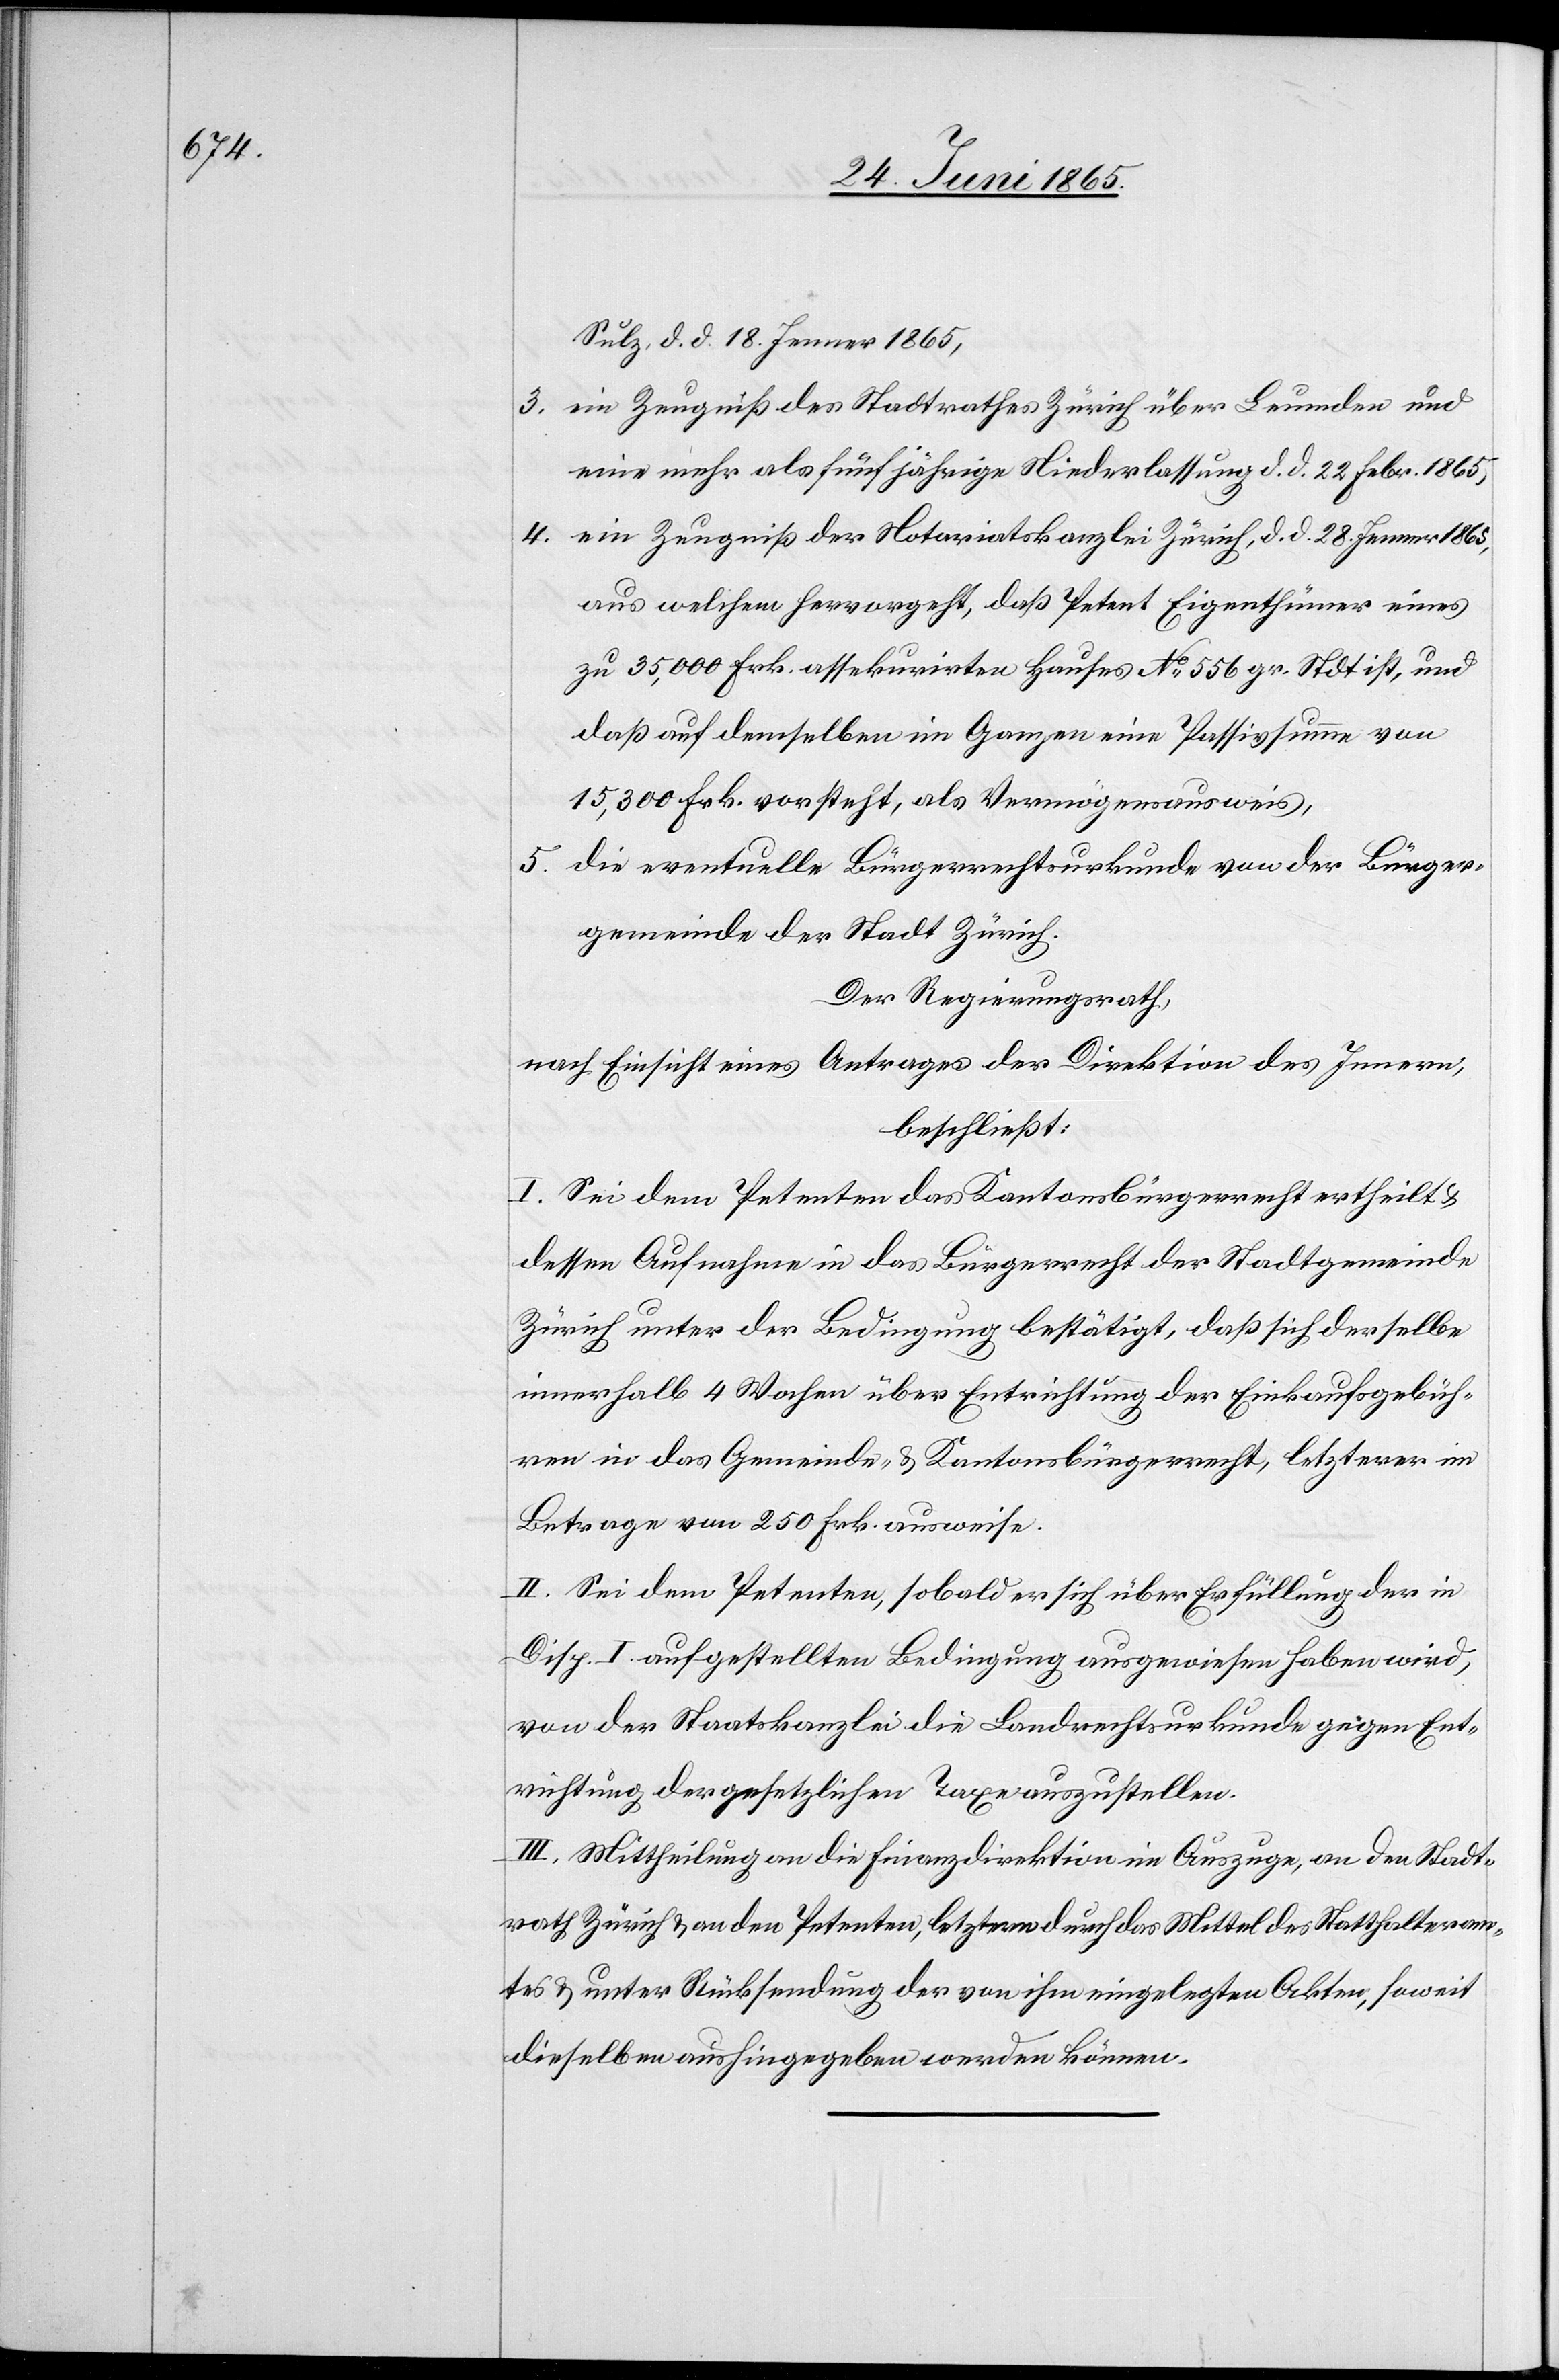
Sulz, d. d. 18. Jenner 1865,
3. ein Zeugniß des Stadtrathes Zürich über Leumden und
eine mehr als fünfjährige Niederlassung d. d. 22 Febr. 1865,
4. ein Zeugniß der Notariatskanzlei Zürich, d. d. 28. Jenner 1865,
aus welchem hervorgeht, daß Petent Eigenthümer eines
zu 35,000 Frk. assekurirten Hauses No 556 gr. Stadt ist, und
daß auf demselben im Ganzen eine Passivsumme von
15,300 Frk. vorsteht, als Vermögensausweis,
5. die eventuelle Bügerrechtsurkunde von der Bürger¬
gemeinde der Stadt Zürich.
Der Regierungsrath,
nach Einsicht eines Antrages der Direktion des Innern,
beschließt:
I. Sei dem Petenten das Kantonsbürgerrecht ertheilt &
dessen Aufnahme in das Bürgerrecht der Stadtgemeinde
Zürich unter der Bedingung bestätigt, daß sich derselbe
innerhalb 4 Wochen über Entrichtung der Einkaufsgebüh¬
ren in das Gemeinde- & Kantonsbürgerrecht, letzterer im
Betrage von 250 Frk. ausweise.
II. Sei dem Petenten, sobald er sich über Erfüllung der in
Disp. I aufgestellten Bedingung ausgewiesen haben wird,
von der Staatskanzlei die Landrechtsurkunde gegen Ent¬
richtung der gesetzlichen Taxe auszustellen.
III. Mittheilung an die Finanzdirektion im Auszuge, an den Stadt¬
rath Zürich & an den Petenten, letzterm durch das Mittel des Statthalteram¬
tes & unter Rücksendung der von ihm eingelegten Akten, soweit
dieselben aushingegeben werden können.